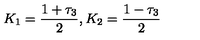
K _ { 1 } = \frac { 1 + \tau _ { 3 } } { 2 } , K _ { 2 } = \frac { 1 - \tau _ { 3 } } { 2 }